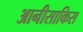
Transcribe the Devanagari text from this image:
आनीसाकिस